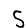
Digit: 5